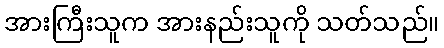
အားကြီးသူက အားနည်းသူကို သတ်သည်။